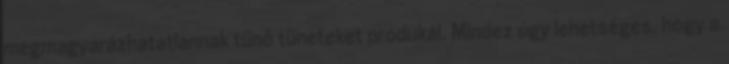
megmagyarázhatatlannak tűnő tüneteket produkál. Mindez úgy lehetséges, hogy a